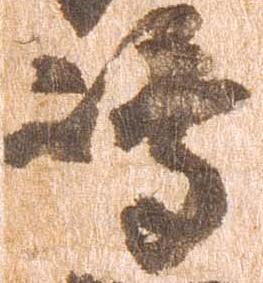
嶋